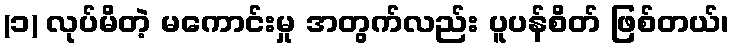
(၁) လုပ်မိတဲ့ မကောင်းမှု အတွက်လည်း ပူပန်စိတ် ဖြစ်တယ်၊